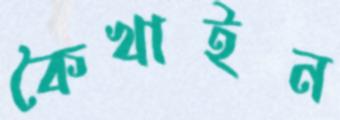
কৈখাইন